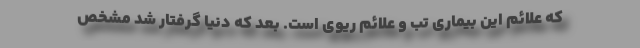
که علائم این بیماری تب و علائم ریوی است. بعد که دنیا گرفتار شد مشخص